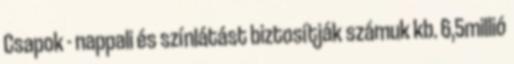
Csapok - nappali és színlátást biztosítják számuk kb. 6,5millió